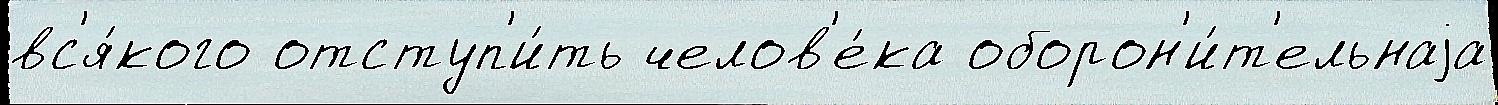
вс'я́кого отступ'и́ть челов'е́ка оборон'и́т'ельнаjа